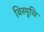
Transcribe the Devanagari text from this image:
विस्पूचि